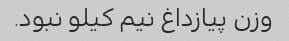
وزن پیازداغ نیم کیلو نبود.